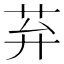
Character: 䒪